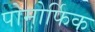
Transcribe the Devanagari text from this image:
पोमोर्फिक